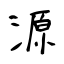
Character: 源